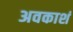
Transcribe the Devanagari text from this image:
अवकाशं